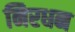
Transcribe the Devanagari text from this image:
निरधन